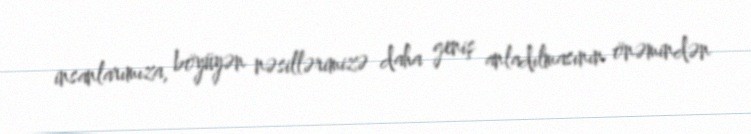
insanlarımıza, böyüyən nəsillərimizə daha geniş anladılmasının önəmindən